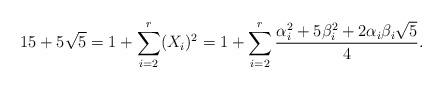
LaTeX: \begin{align*}15+5\sqrt{5}=1+\sum^r_{i=2} (X_i)^2=1+\sum^r_{i=2}\frac{\alpha_i^2+5\beta_i^2+2\alpha_i\beta_i\sqrt{5}}{4}.\end{align*}